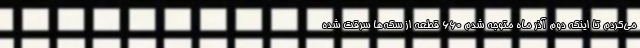
می‌کردم تا اینکه دوم آذر ماه متوجه شدم ۶۶۰ قطعه از سکه‌ها سرقت شده